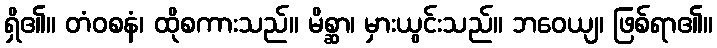
ရှိ၏။ တံဝစနံ၊ ထိုစကားသည်။ မိစ္ဆာ၊ မှားယွင်းသည်။ ဘဝေယျ၊ ဖြစ်ရာ၏။